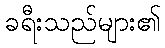
ခရီးသည်များ၏